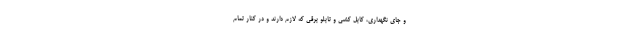
و جای نگهداری، کابل کشی و تابلو برقی که لازم دارند و در کنار تمام